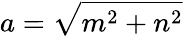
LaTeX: a={\sqrt{m^{2}+n^{2}}}